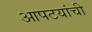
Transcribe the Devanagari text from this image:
आपटयांची